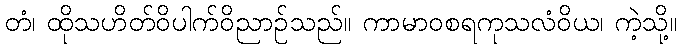
တံ၊ ထိုသဟိတ်ဝိပါက်ဝိညာဉ်သည်။ ကာမာဝစရကုသလံဝိယ၊ ကဲ့သို့။